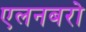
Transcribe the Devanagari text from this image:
एलनबरो